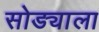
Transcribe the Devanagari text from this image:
सोड्याला